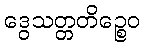
ဒွေသတ္တတိဉ္စေဝ